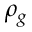
\rho _ { g }